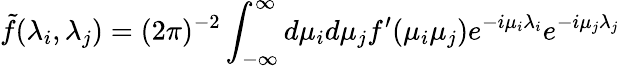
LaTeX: \tilde{f}(\lambda_{i},\lambda_{j})=(2\pi)^{-2}\int_{-\infty}^{\infty}d\mu_{i}d\mu_{j}f^{\prime}(\mu_{i}\mu_{j})e^{-i\mu_{i}\lambda_{i}}e^{-i\mu_{j}\lambda_{j}}